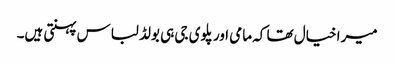
میرا خیال تھا کہ مامی اور پلوی جی ہی بولڈ لباس پہنتی ہیں۔